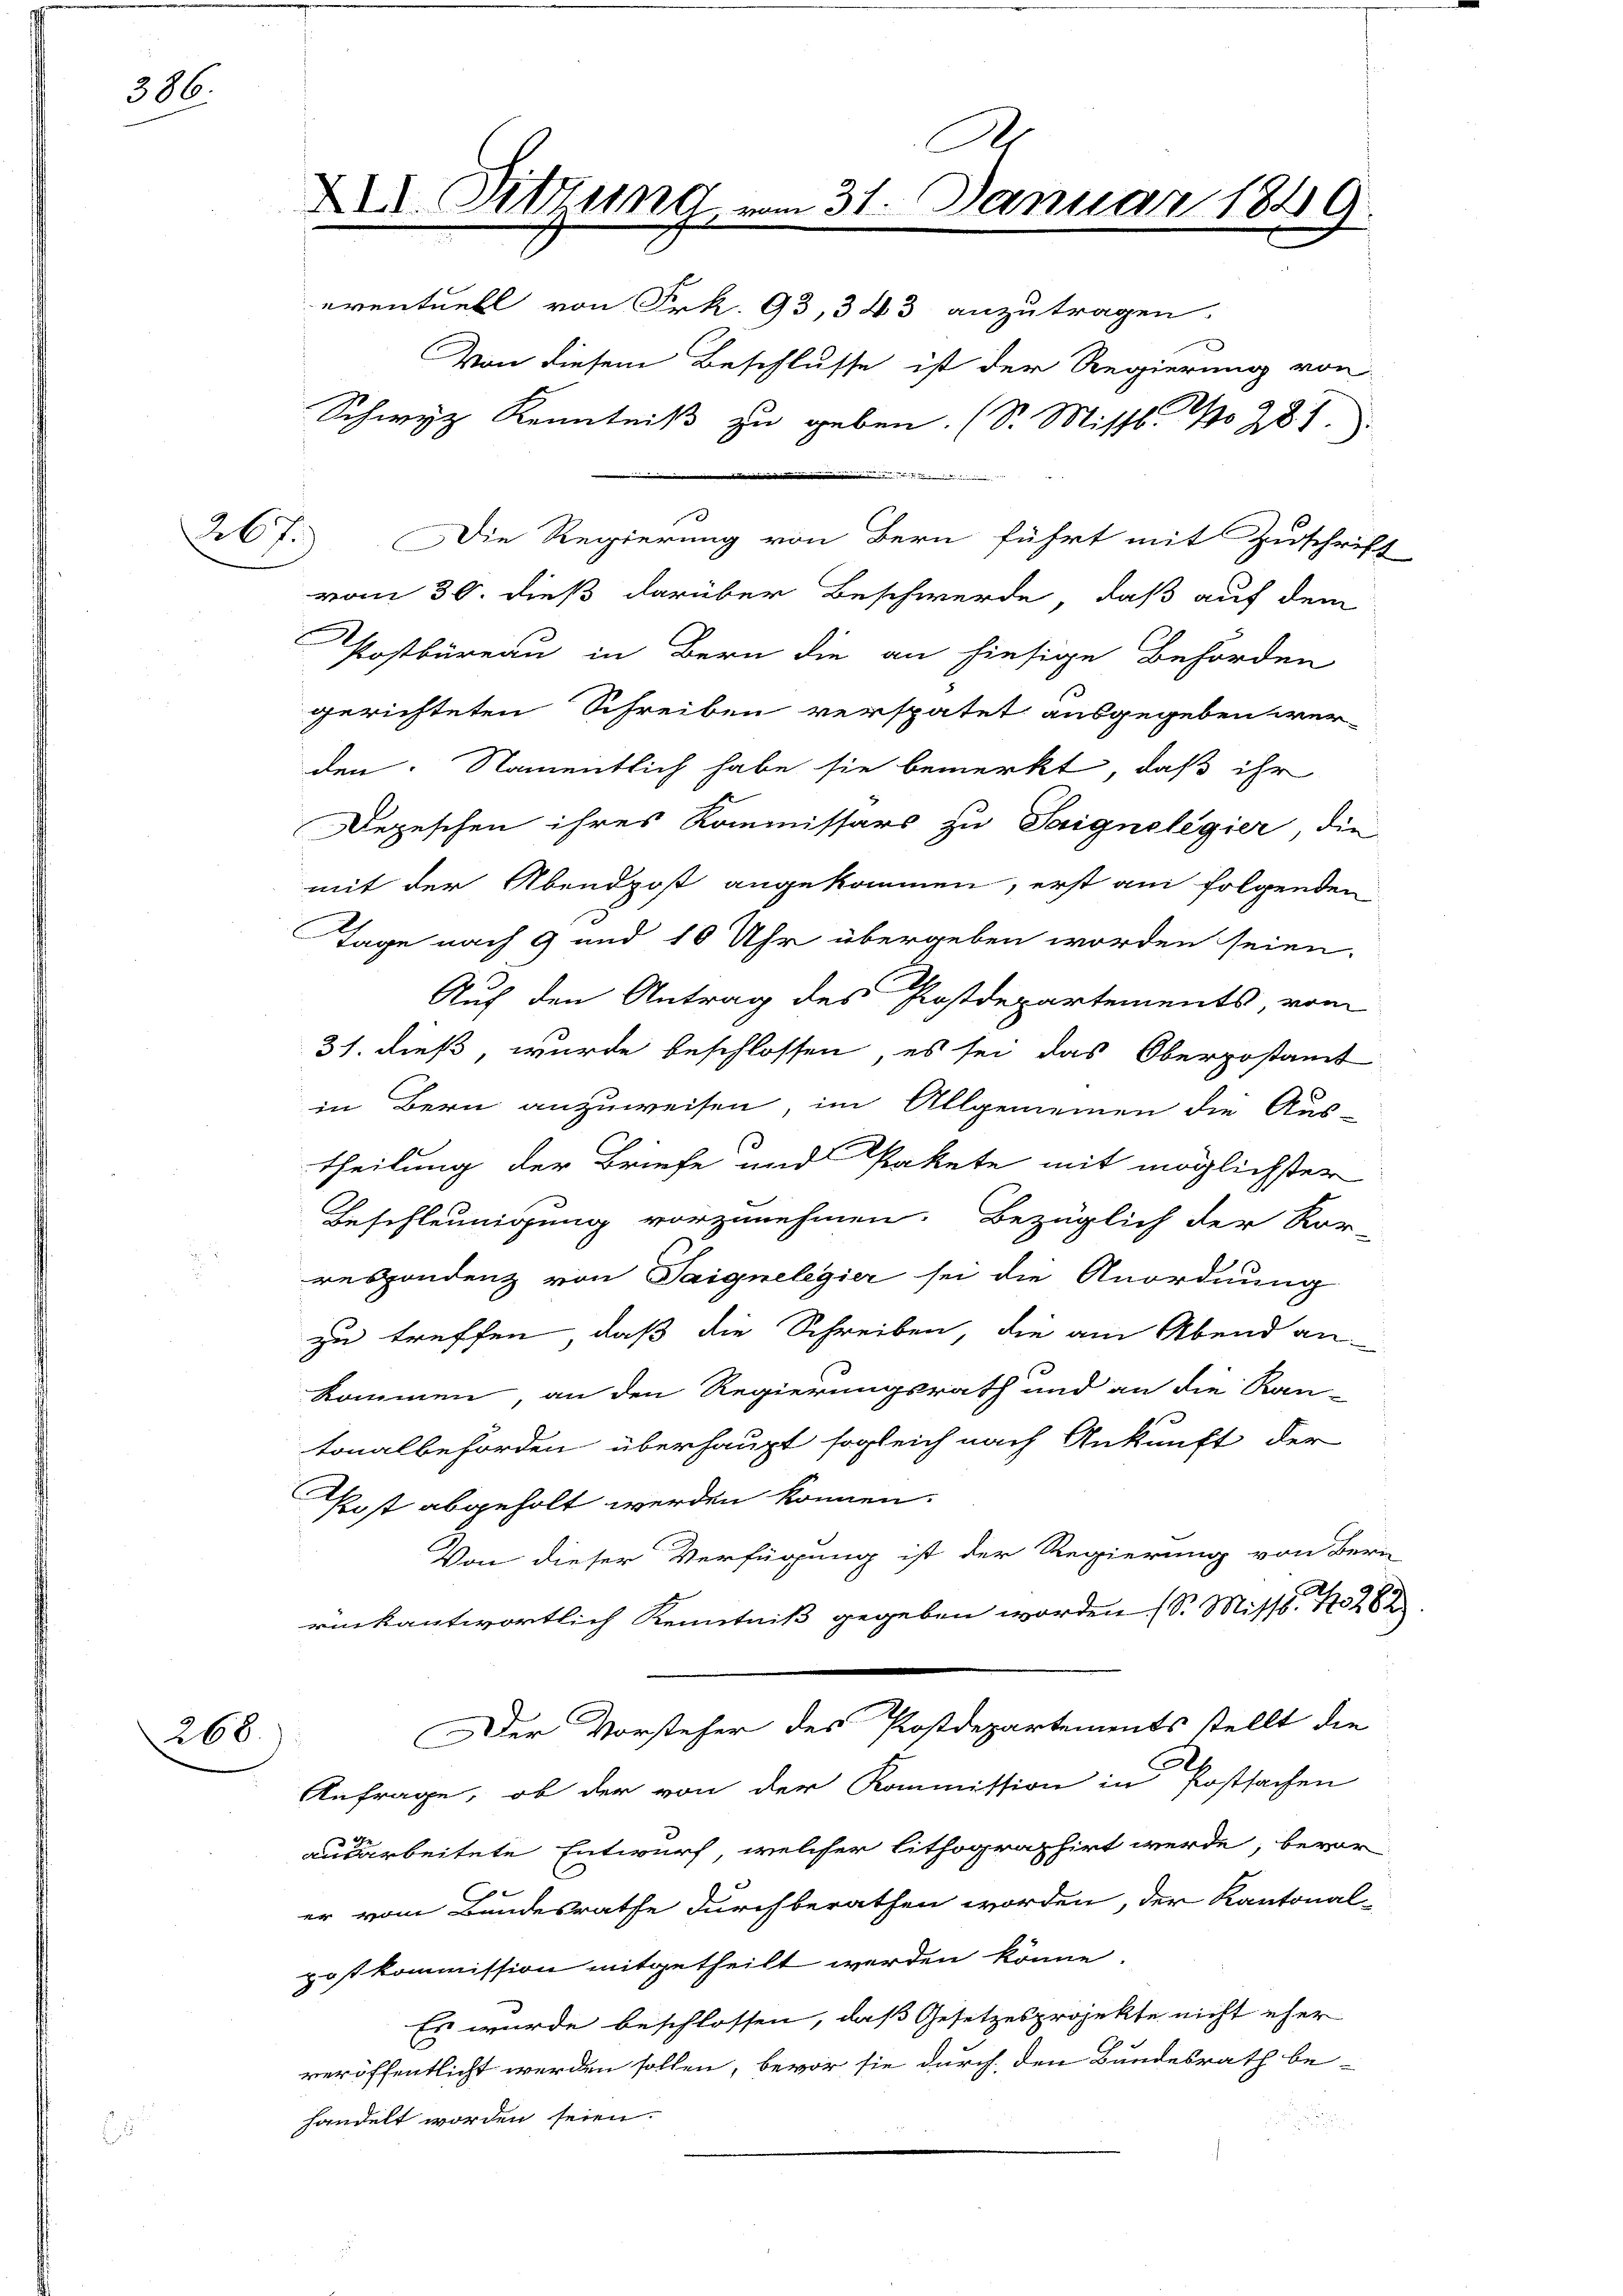
386.

267)

268.

a
Die Regierung von Bern führt mit Zuschrift
vom 30. dieß darüber Beschwerde, daß auf dem
Postbüreau in Bern die an hiesige Behörden
gerichteten Schreiben verspätet ausgegeben wer-
den. Namentlich habe sie bemerkt, daß ihr
Depeschen ihres Kommissärs zu Saignelegier, die
mit der Abendpost angekommen, erst am folgenden
Tage nach 9 und 10 Uhr übergeben worden seien.
Auf den Antrag des Postdepartements, vom
31. dieß, wurde beschlossen, es sei das Oberpostamt
in Bern anzuweisen, im Allgemeinen die Aus-
theilung der Briefe und Pakete mit möglichster
Beschleunigung vorzunehmen. Bezüglich der Kor-
respondenz von Saignelegier sei die Anordnung
zu treffen, daß die Schreiben, die am Abend an
kommen, an den Regierungsrath und an die Ran-
tonalbehörden überhaupt sogleich nach Ankunft der
Post abgeholt werden können.
Von dieser Verfügung ist der Regierung von Bern
rückantwortlich Kenntniß gegeben worden (S. Misst. 262
Der Vorsteher des Postdepartements stellt die
2
Anfrage, ob der von der Kommission in Postsachen
ausarbeitete Entwurf, welcher lithographirt werde, bevor
er vom Bundesrathe durchberathen worden, der Kantonal-
postkommission mitgetheilt werden könne.
Es wurde beschlossen, daß Gesetzesprojekte nicht eher
veröffentlicht werden sollen, bevor sie durch den Bundesrath be-
handelt worden seien.

A
X. Sitzung vom 31. Januar 1849.
eventuell von Frk. 93, 343 anzutragen.
Von diesem Beschlusse ist der Regierung von
Schwyz Kenntniß zu geben. (S. Missl No 281